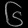
Digit: ၆